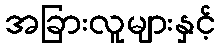
အခြားလူများနှင့်